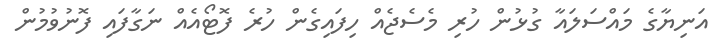
އަނިޔާގެ މައްސަލައާ ގުޅުން ހުރި މެސެޖެއް ހިފައިގެން ހުރެ ފޮޓޯއެއް ނަގާފައި ފޮނުވުމުން